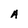
Character: A